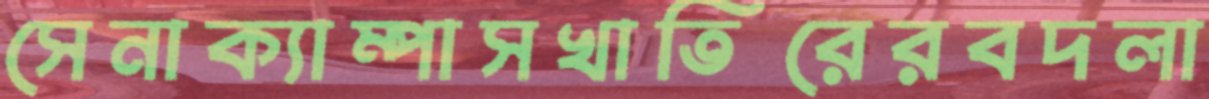
সেনাক্যাম্পাসখাতিরেরবদলা